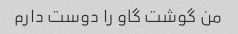
من گوشت گاو را دوست دارم